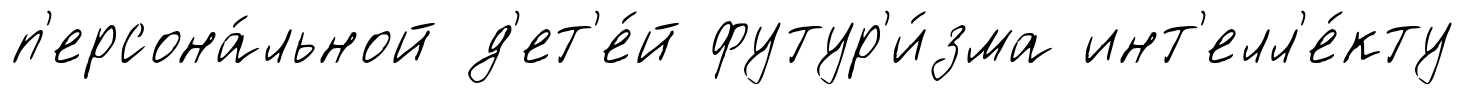
п'ерсона́льной д'ет'е́й футур'и́зма инт'елл'е́кту